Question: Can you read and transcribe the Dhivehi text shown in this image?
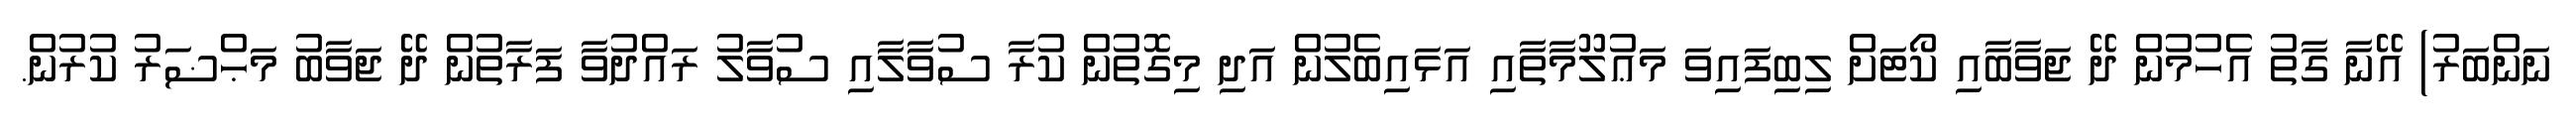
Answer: ނަންބަރު) އޭނާ ގާތު އެހުމުން ދޭ ޖަވާބާއި ކޯޓަށް ލިބިފައިވަ މަޢުލޫމާތާއި އަޅައިބެލުން އަދި މިގޮތުން ކުރާ ސުވާލާއި ސުވާލު ރައްދުވާ ފަރާތުން ދޭ ޖަވާބު މަޙްޟަރު ކުރުން.